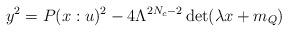
LaTeX: \begin{align*}y^2=P(x:u)^2 - 4\Lambda^{2N_{c}-2}\det(\lambda x+m_{Q}) \end{align*}